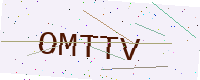
Text: OMTTV